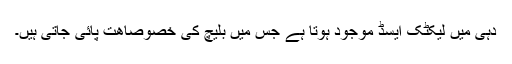
دہی میں لیکٹک ایسڈ موجود ہوتا ہے جس میں بلیچ کی خصوصاھت پائی جاتی ہیں۔